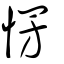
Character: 愣